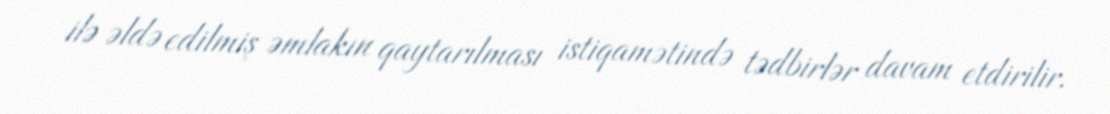
ilə əldə edilmiş əmlakın qaytarılması istiqamətində tədbirlər davam etdirilir.